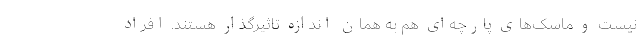
نیست و ماسک‌های پارچه‌ای هم به همان اندازه تاثیرگذار هستند. افراد